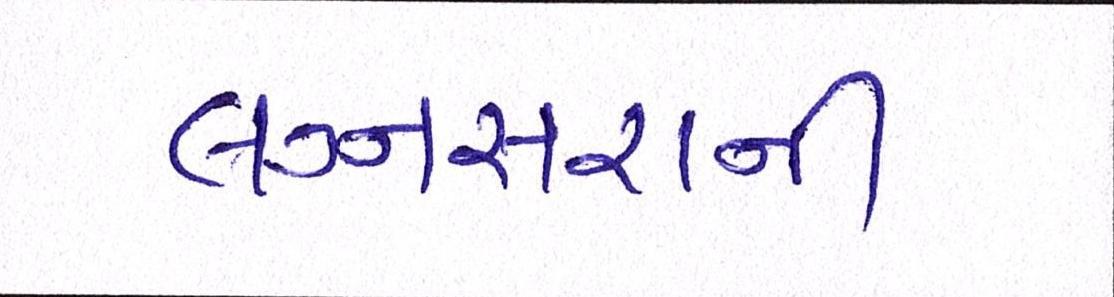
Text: લગ્નસરાની